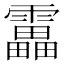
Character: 靁